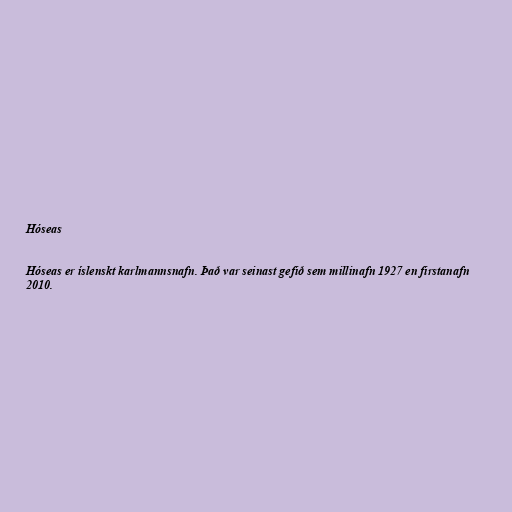
Hóseas

Hóseas er íslenskt karlmannsnafn. Það var seinast gefið sem millinafn 1927 en firstanafn
2010.